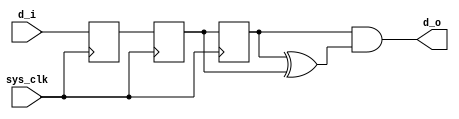
`timescale 1ns / 1ps
//////////////////////////////////////////////////////////////////////////////////
// Company: 
// Engineer: 
// 
// Design Name: 
// Module Name: detect_falling_edge
// Project Name: 
// Target Devices: 
// Tool Versions: 
// Description: 
// 
// Dependencies: 
// 
// Revision:
// Revision 0.01 - File Created
// Additional Comments:
// 
//////////////////////////////////////////////////////////////////////////////////


module detect_falling_edge(
    input sys_clk,
    input d_i,
    output d_o
    );
    
    reg d_i_ff1;
	 reg d_i_ff2;
	 reg d_i_ff3;
    always @ (posedge sys_clk)
    begin
        d_i_ff1 <= d_i;
		  d_i_ff2 <= d_i_ff1;
		  d_i_ff3 <= d_i_ff2;
    end
    
    assign d_o = d_i_ff3 & (d_i_ff3 ^ d_i_ff2);
    
endmodule